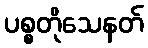
ပစ္စတိုသေနတ်